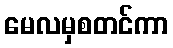
မေလမှစတင်ကာ